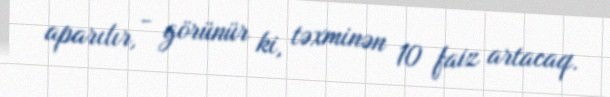
aparılır, - görünür ki, təxminən 10 faiz artacaq.